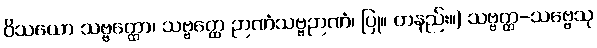
ဝိသယော သဗ္ဗတ္ထော၊ သဗ္ဗတ္ထေ ဉာဏံသဗ္ဗဉာဏံ၊ ပြု။ တနည်း။) သဗ္ဗတ္ထ-သဗ္ဗေသု